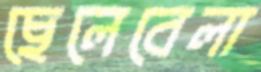
ছেলেবেলা